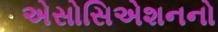
એસોસિએશનનો